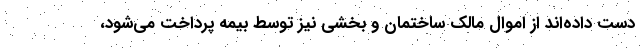
دست داده‌اند از اموال مالک ساختمان و بخشی نیز توسط بیمه پرداخت می‌شود،